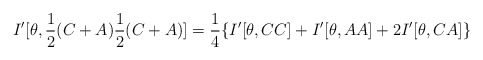
\begin{align*}I'[\theta ,\frac{1}{2}(C+A)\frac{1}{2}(C+A)]=\frac{1}{4}\{I'[\theta ,CC]+I'[\theta ,AA]+2I'[\theta ,CA]\}\end{align*}